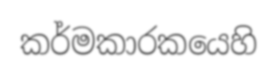
කර්මකාරකයෙහි